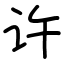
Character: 许